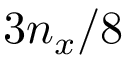
3 n _ { x } / 8